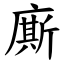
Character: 廝